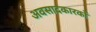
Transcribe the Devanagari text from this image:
अवसादकारकों